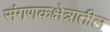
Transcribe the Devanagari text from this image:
संगणकक्षेत्रातील